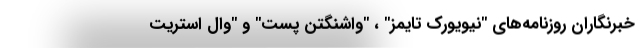
خبرنگاران روزنامه‌های "نیویورک تایمز" ، "واشنگتن پست" و "وال استریت